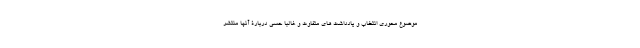
موضوع محوری انتخاب و یادداشت های متفاوت و غالبا حسی دربارۀ آنها منتشر